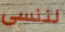
لننسى